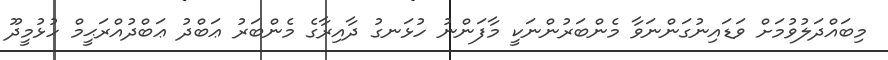
މިބައްދަލުވުމަށް ވަޑައިނުގަންނަވާ މެންބަރުންނަކީ މާފަންނު ހުޅަނގު ދާއިރާގެ މެންބަރު ޢަބްދު ޢަބްދުއްރަޙީމް ހުޅުމީދޫ